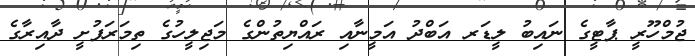
ޖުމްހޫރީ ޕާޓީގެ ނައިބު ލީޑަރ އަބްދު އަމީނާއި ރައްޔިތުންގެ މަޖިލީހުގެ ތިމަރަފުށީ ދާއިރާގެ